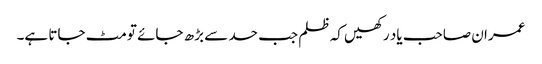
عمران صاحب یاد رکھیں کہ ظلم جب حد سے بڑھ جائے تو مٹ جاتا ہے۔